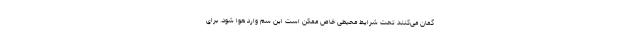
گمان می‌کنند تحت شرایط محیطی خاص ممکن است این سم وارد هوا شود. برای